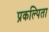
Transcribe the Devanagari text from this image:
प्रकल्पिता